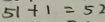
5 1 + 1 = 5 2